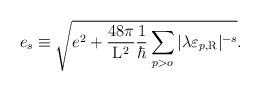
LaTeX: \begin{align*}e_s \equiv \sqrt{e^2 + \frac{48\pi}{{\rm L}^2} \frac{1}{\hbar}\sum_{p>o} |\lambda \varepsilon_{p,\rm R}|^{-s}} .\end{align*}